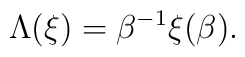
\Lambda(\xi)=\beta^{-1}\xi(\beta).